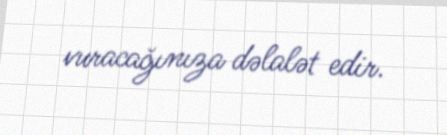
vuracağınıza dəlalət edir.